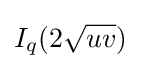
I_{q}(2{\sqrt {uv}})